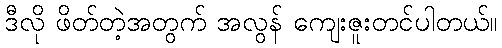
ဒီလို ဖိတ်တဲ့အတွက် အလွန် ကျေးဇူးတင်ပါတယ်။